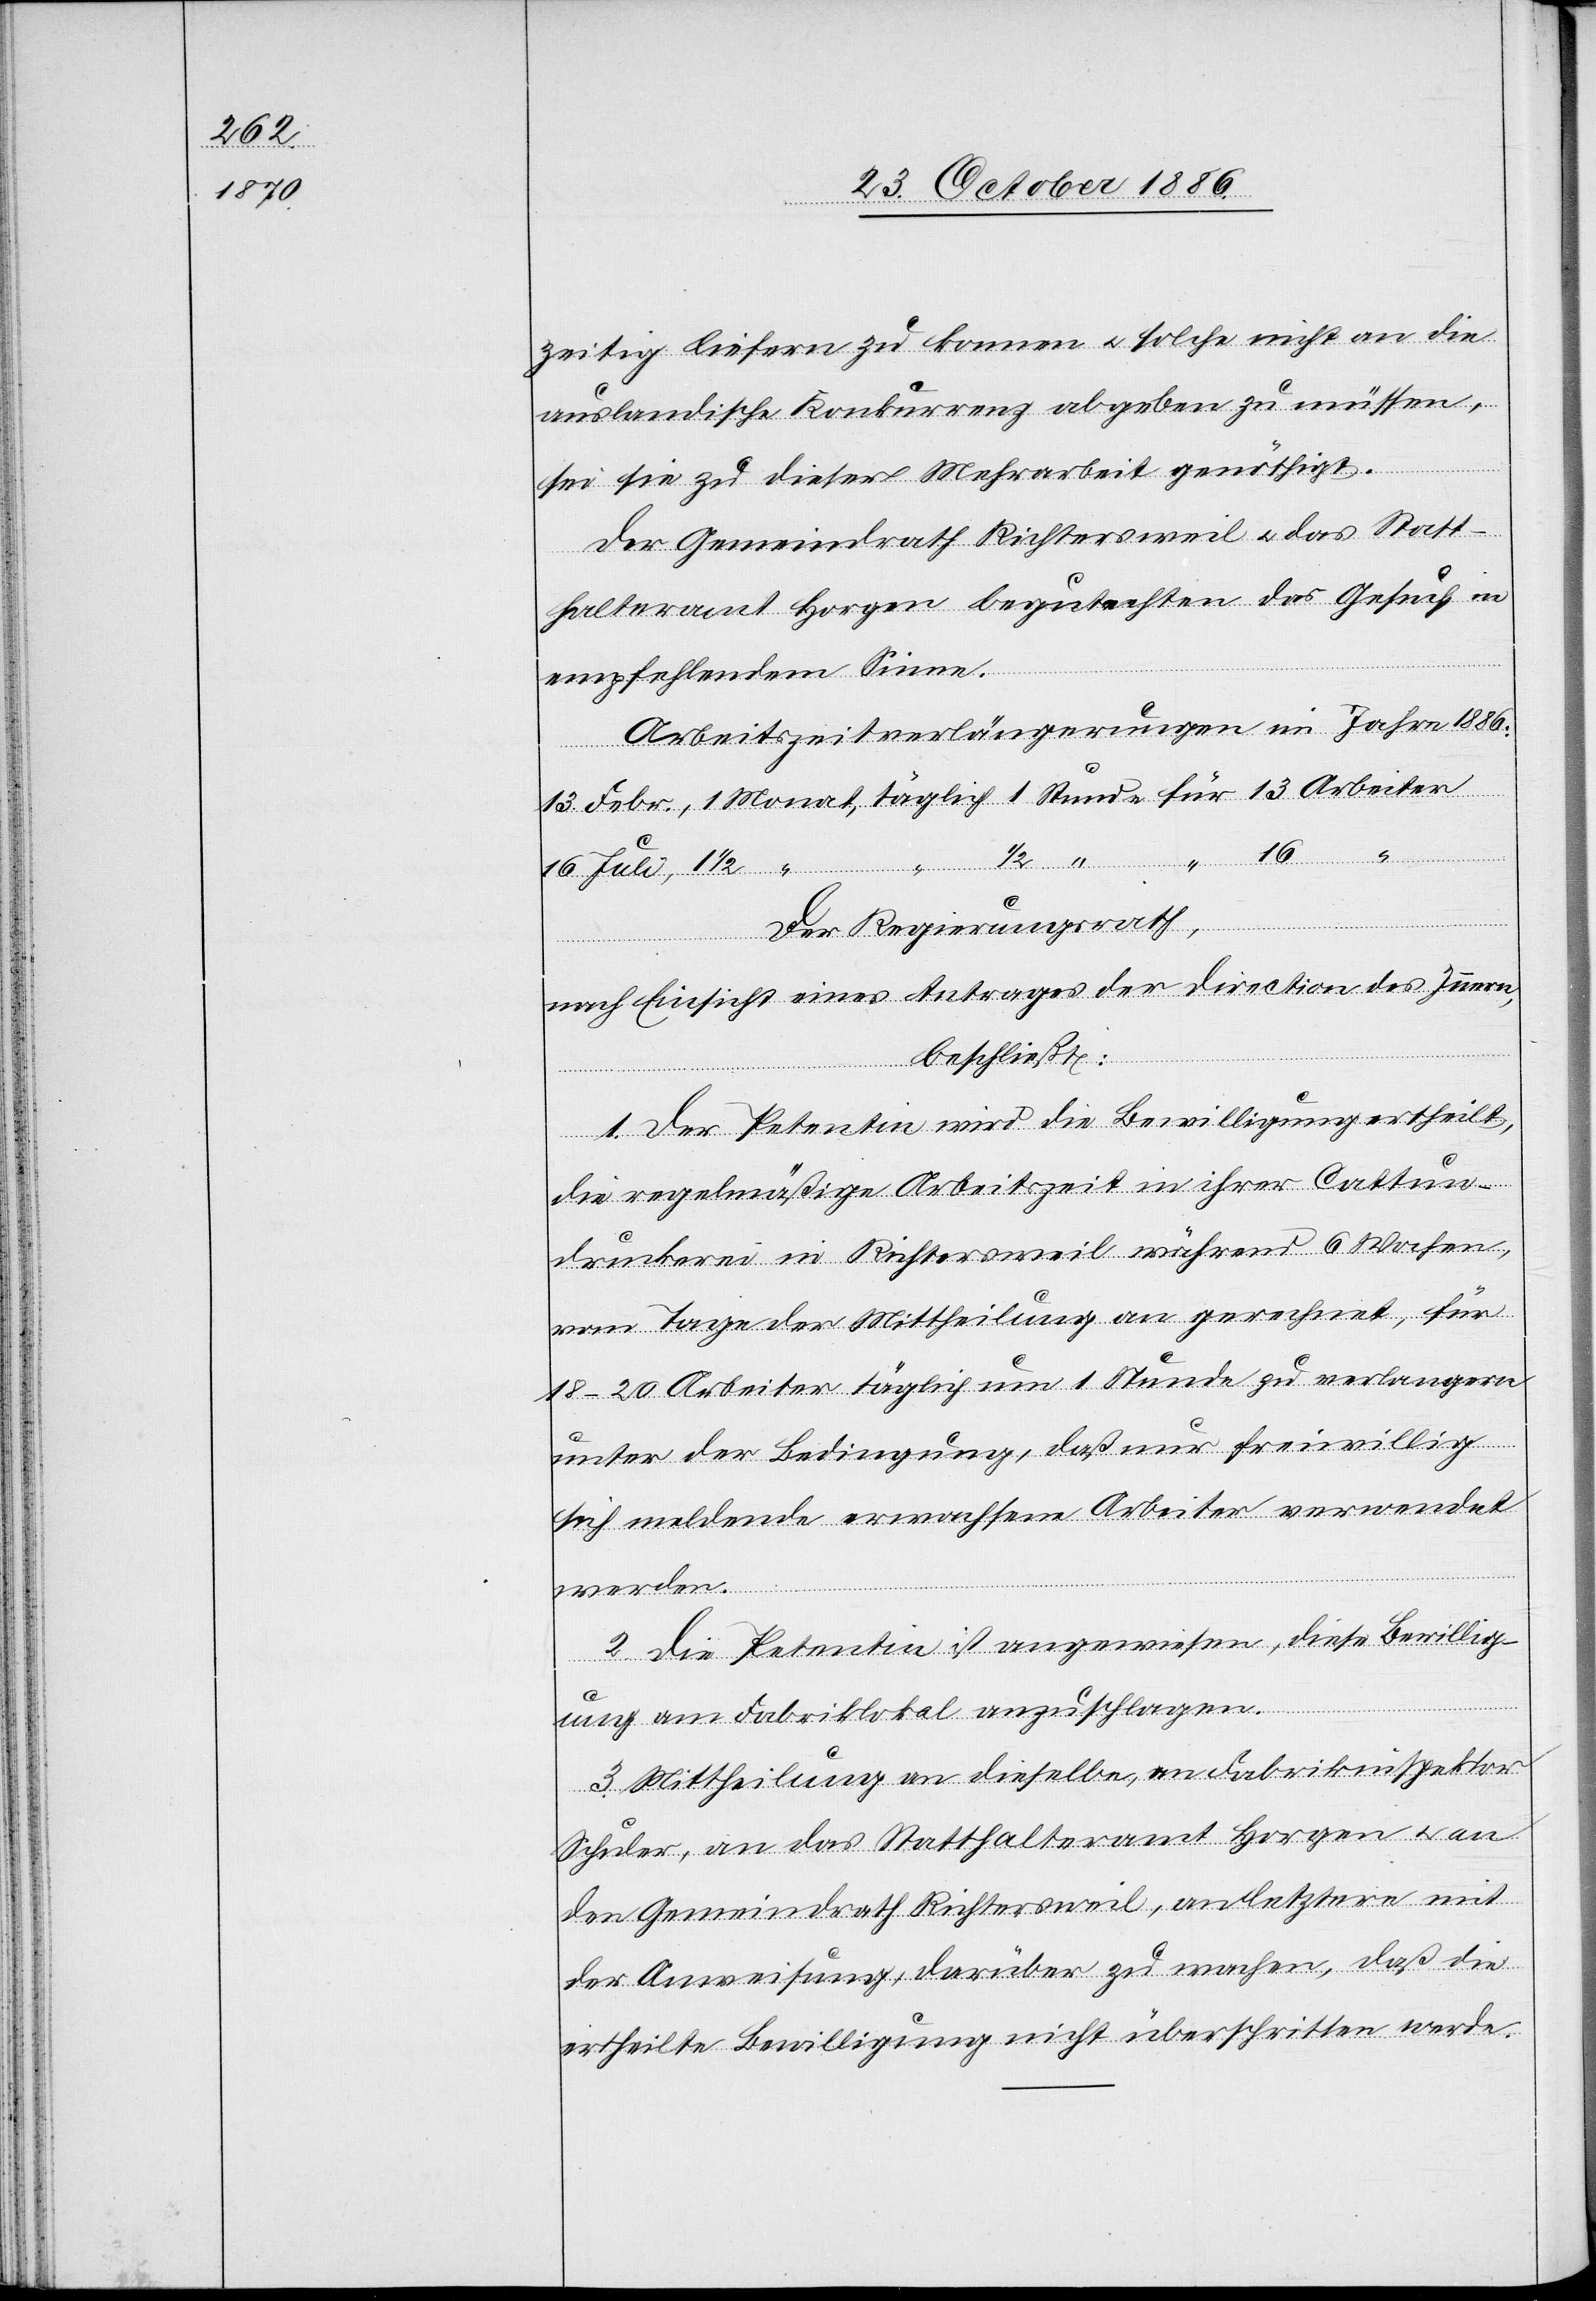
zeitig liefern zu konnen [sic!] & solche nicht an die
auslandische [sic!] Konkurrenz abgeben zu müssen,
sei sie zu dieser Mehrarbeit genöthigt.
Der Gemeindrath Richtersweil & das Statt¬
halteramt Horgen begutachten des Gesuch in
empfehlendem Sinne.
Arbeitszeitverlängerungen im Jahre 1886:
1 1/2
Stunde
Arbeiter
Der Regierungsrath,
nach Einsicht eines Antrages der Direction des Innern,
beschließt:
1. Der Petentin wird die Bewilligung ertheilt,
die regelmäßige Arbeitszeit in ihrer Cattun¬
druckerei in Richtersweil während 6 Wochen,
vom Tage der Mittheilung an gerechnet, für
18–20 Arbeiter täglich um 1 Stunde zu verlangern
unter der Bedingung, daß nur freiwillig
sich meldende erwachsene Arbeiter verwendet
werden.
2. Die Petentin ist angewiesen, diese Bewillig¬
ung am Fabriklokal anzuschlagen.
3. Mittheilung an dieselbe, an Fabrikinspektor
Schuler, an das Statthalteramt Horgen & an
den Gemeindrath Richtersweil, an letztere mit
der Anweisung, darüber zu wachen, daß die
ertheilte Bewilligung nicht überschritten werde.